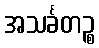
အသင်္ခတဉ္စ